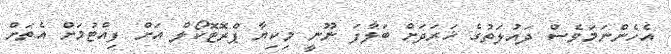
އެހެންނަމަވެސް ދައުލަތުގެ ޚަރަދަށް ބަލާފަ ނޫނީ މިކިޔާ ޕްރޮޓޮކޯލް އަށް ފިއްޓުމަށް އެތަށް